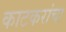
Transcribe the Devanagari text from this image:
काटकरांचा